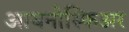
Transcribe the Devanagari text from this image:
आयनोस्फिअर